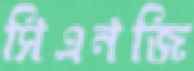
সিএনজি